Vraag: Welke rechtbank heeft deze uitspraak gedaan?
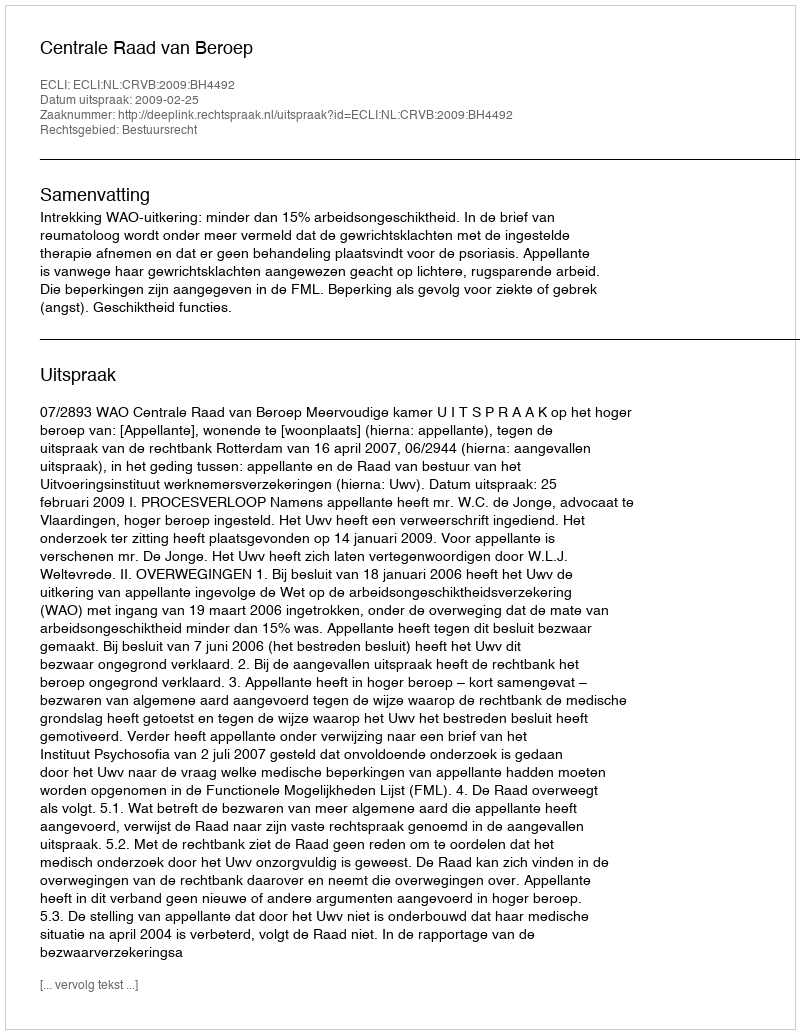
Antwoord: Centrale Raad van Beroep